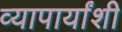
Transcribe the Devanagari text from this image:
व्यापार्यांशी